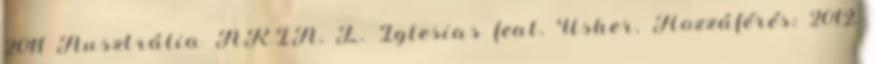
2011 Ausztrália ARIA, E. Iglesias feat. Usher. Hozzáférés: 2012.